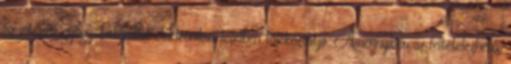
az intézeti gyógyszertárakat elektronikus levélben tájékoztatja. Amennyiben az feltételezhető,